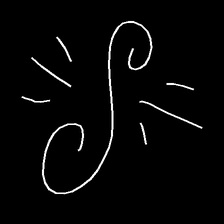
Glyph: wind-directs-air